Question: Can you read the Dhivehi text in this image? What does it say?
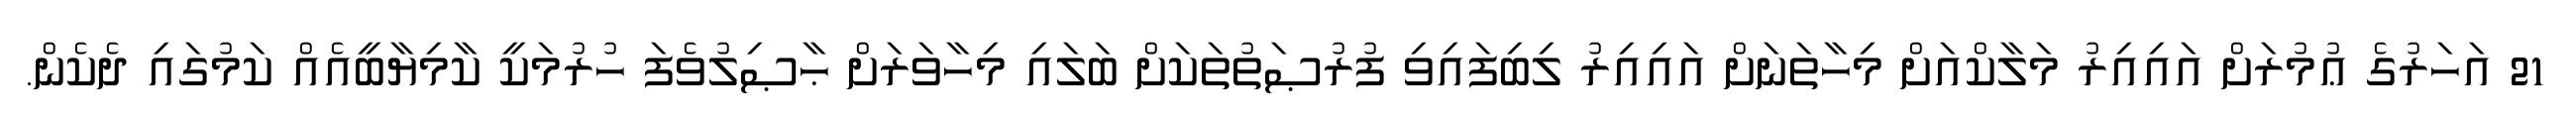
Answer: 21 އަހަރުގެ ޢުމުރަށް އައިއިރު މަލާކްއަށް މިހާތަނަށް އައިއިރު ލިބިފައިވި ފުރުޞަތުތަކަށް ބަލައި މިހާވަރަށް ޙާޞިލުވެފަ ހުރުމަކީ ކާމިޔާބީއެއް ކަމުގައި ދެކެން.